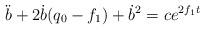
LaTeX: \begin{align*}\ddot{b}+2\dot{b}(q_{0}-f_{1})+\dot{b}^{2}=ce^{2f_{1}t}\end{align*}